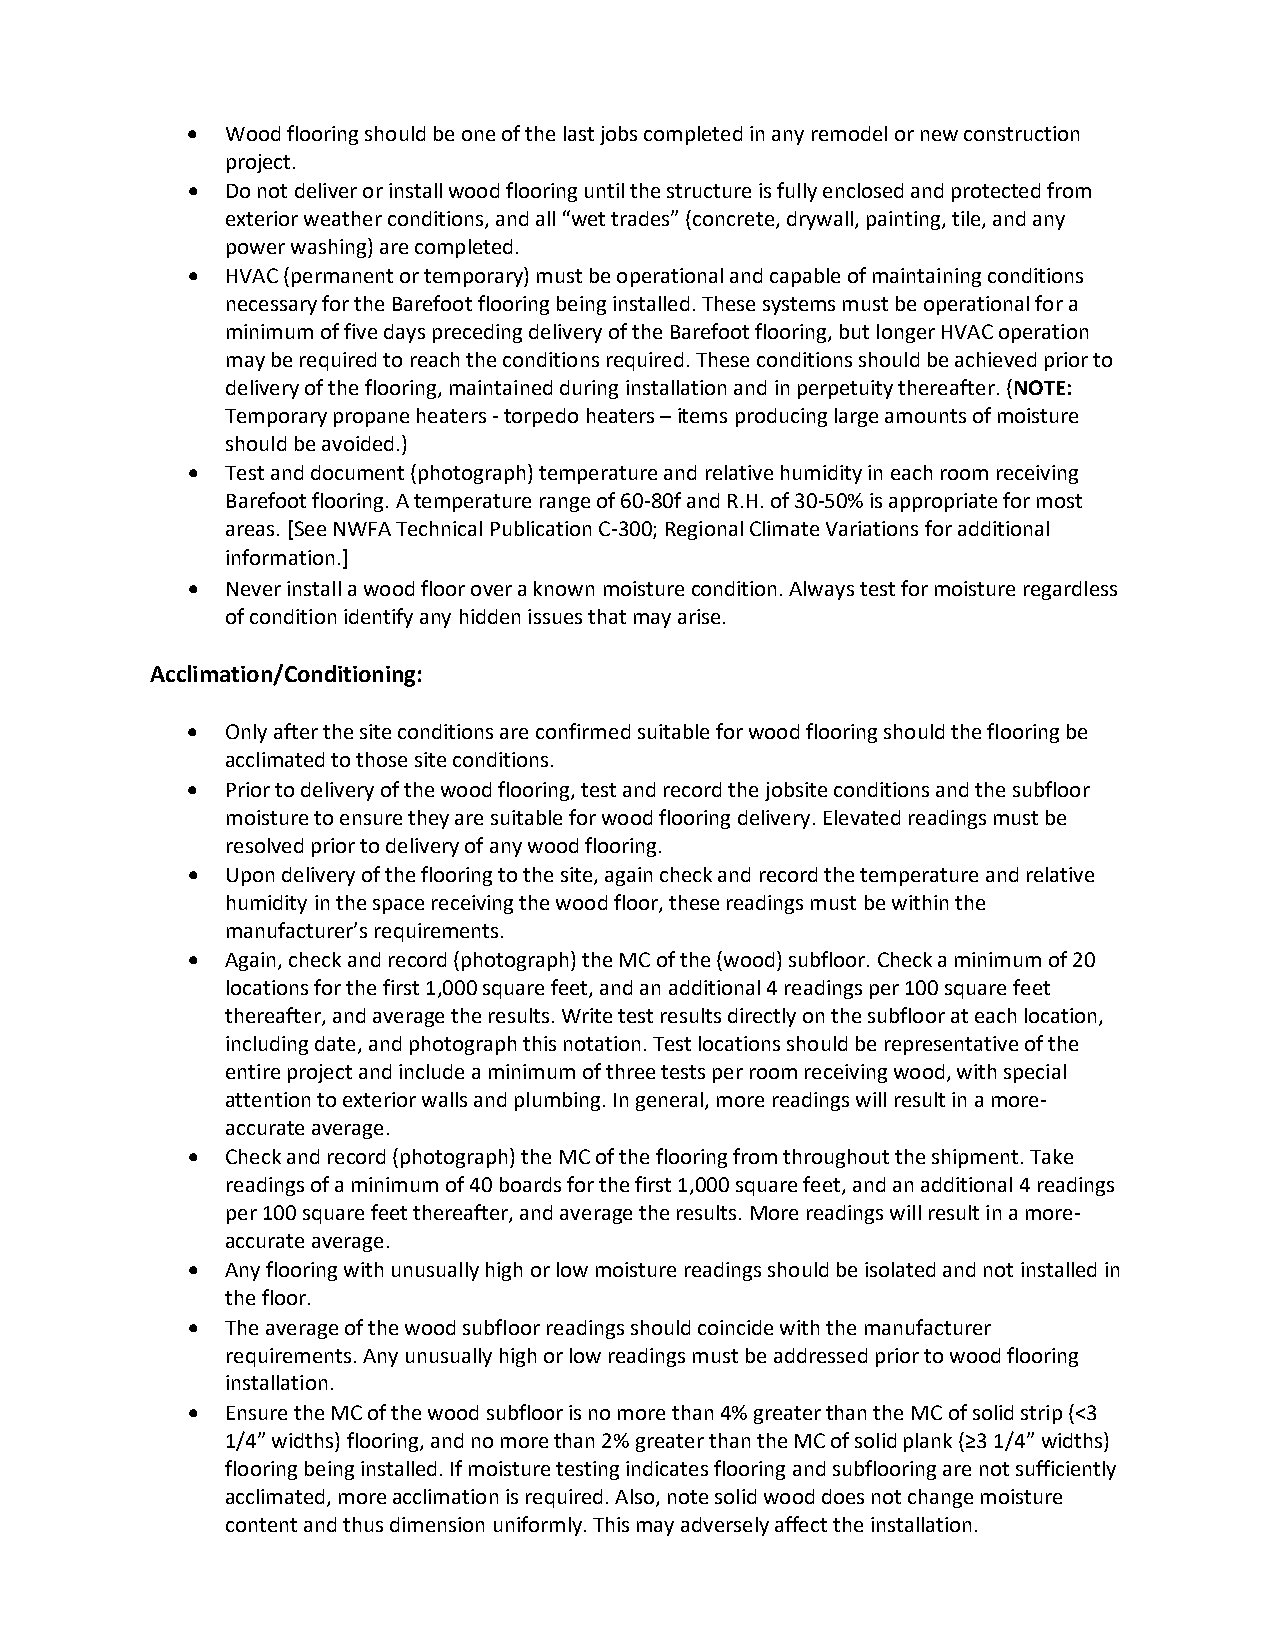
•  Wood flooring should be one of the last jobs completed in any remodel or new construction
 project.
 •  Do not deliver or install wood flooring until the structure is fully enclosed and protected from
 exterior weather conditions, and all “wet trades” (concrete, drywall, painting, tile, and any
 power washing) are completed.
 •  HVAC (permanent or temporary) must be operational and capable of maintaining conditions
 necessary for the Barefoot flooring being installed. These systems must be operational for a
 minimum of five days preceding delivery of the Barefoot flooring, but longer HVAC operation
 may be required to reach the conditions required. These conditions should be achieved prior to
 delivery of the flooring, maintained during installation and in perpetuity thereafter. (NOTE:
 Temporary propane heaters - torpedo heaters – items producing large amounts of moisture
 should be avoided.)
 •  Test and document (photograph) temperature and relative humidity in each room receiving
 Barefoot flooring. A temperature range of 60-80f and R.H. of 30-50% is appropriate for most
 areas. [See NWFA Technical Publication C-300; Regional Climate Variations for additional
 information.]
 •  Never install a wood floor over a known moisture condition. Always test for moisture regardless
 of condition identify any hidden issues that may arise.
 Acclimation/Conditioning:
 •  Only after the site conditions are confirmed suitable for wood flooring should the flooring be
 acclimated to those site conditions.
 •  Prior to delivery of the wood flooring, test and record the jobsite conditions and the subfloor
 moisture to ensure they are suitable for wood flooring delivery. Elevated readings must be
 resolved prior to delivery of any wood flooring.
 •  Upon delivery of the flooring to the site, again check and record the temperature and relative
 humidity in the space receiving the wood floor, these readings must be within the
 manufacturer’s requirements.
 •  Again, check and record (photograph) the MC of the (wood) subfloor. Check a minimum of 20
 locations for the first 1,000 square feet, and an additional 4 readings per 100 square feet
 thereafter, and average the results. Write test results directly on the subfloor at each location,
 including date, and photograph this notation. Test locations should be representative of the
 entire project and include a minimum of three tests per room receiving wood, with special
 attention to exterior walls and plumbing. In general, more readings will result in a more-
 accurate average.
 •  Check and record (photograph) the MC of the flooring from throughout the shipment. Take
 readings of a minimum of 40 boards for the first 1,000 square feet, and an additional 4 readings
 per 100 square feet thereafter, and average the results. More readings will result in a more-
 accurate average.
 •  Any flooring with unusually high or low moisture readings should be isolated and not installed in
 the floor.
 •  The average of the wood subfloor readings should coincide with the manufacturer
 requirements. Any unusually high or low readings must be addressed prior to wood flooring
 installation.
 •  Ensure the MC of the wood subfloor is no more than 4% greater than the MC of solid strip (<3
 1/4” widths) flooring, and no more than 2% greater than the MC of solid plank (≥3 1/4” widths)
 flooring being installed. If moisture testing indicates flooring and subflooring are not sufficiently
 acclimated, more acclimation is required. Also, note solid wood does not change moisture
 content and thus dimension uniformly. This may adversely affect the installation.